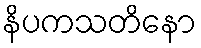
နိပကသတိနော